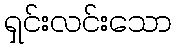
ရှင်းလင်းသော